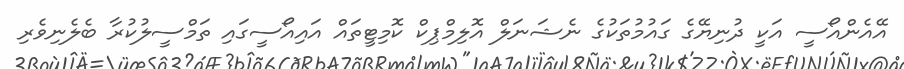
އޭއެންއޯސީ އަކީ ދުނިޔޭގެ ގައުމުތަކުގެ ނެޝަނަލް އޮލިމްޕިކް ކޮމިޓީތައް އައިއޯސީގައި ތަމްސީލުކުރާ ބެލެނިވެރި